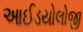
આઈડયોલોજી